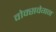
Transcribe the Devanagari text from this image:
वोक्सवेगन